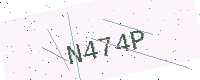
Text: N474P